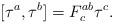
LaTeX: \begin{align*}[\tau^{a},\tau^{b}]=F_{c}^{ab}\tau^{c}.\end{align*}